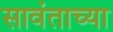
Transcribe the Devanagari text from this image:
सावंताच्या